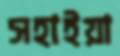
সহাইয়া